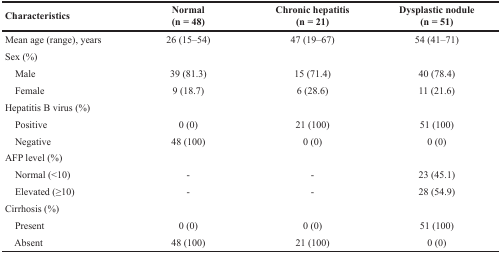
<table><thead><tr><td><b>Characteristics</b></td><td><b>Normal(n = 48)</b></td><td><b>Chronic hepatitis(n = 21)</b></td><td><b>Dysplastic nodule(n = 51)</b></td></tr></thead><tbody><tr><td>Mean age (range), years</td><td>26 (15–54)</td><td>47 (19–67)</td><td>54 (41–71)</td></tr><tr><td>Sex (%)</td><td></td><td></td><td></td></tr><tr><td> Male</td><td>39 (81.3)</td><td>15 (71.4)</td><td>40 (78.4)</td></tr><tr><td> Female</td><td>9 (18.7)</td><td>6 (28.6)</td><td>11 (21.6)</td></tr><tr><td>Hepatitis B virus (%)</td><td></td><td></td><td></td></tr><tr><td> Positive</td><td>0 (0)</td><td>21 (100)</td><td>51 (100)</td></tr><tr><td> Negative</td><td>48 (100)</td><td>0 (0)</td><td>0 (0)</td></tr><tr><td>AFP level (%)</td><td></td><td></td><td></td></tr><tr><td> Normal (&lt;10)</td><td>-</td><td>-</td><td>23 (45.1)</td></tr><tr><td> Elevated (≥10)</td><td>-</td><td>-</td><td>28 (54.9)</td></tr><tr><td>Cirrhosis (%)</td><td></td><td></td><td></td></tr><tr><td> Present</td><td>0 (0)</td><td>0 (0)</td><td>51 (100)</td></tr><tr><td> Absent</td><td>48 (100)</td><td>21 (100)</td><td>0 (0)</td></tr></tbody></table>